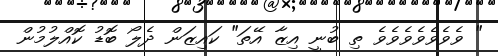
" ވެވެވެވެވެވެވެ ތި ބުނީ އިޒާ އޭތަ" ކައިޒަން ދެލޯ ބޮޑު ކޮއްލުމުން